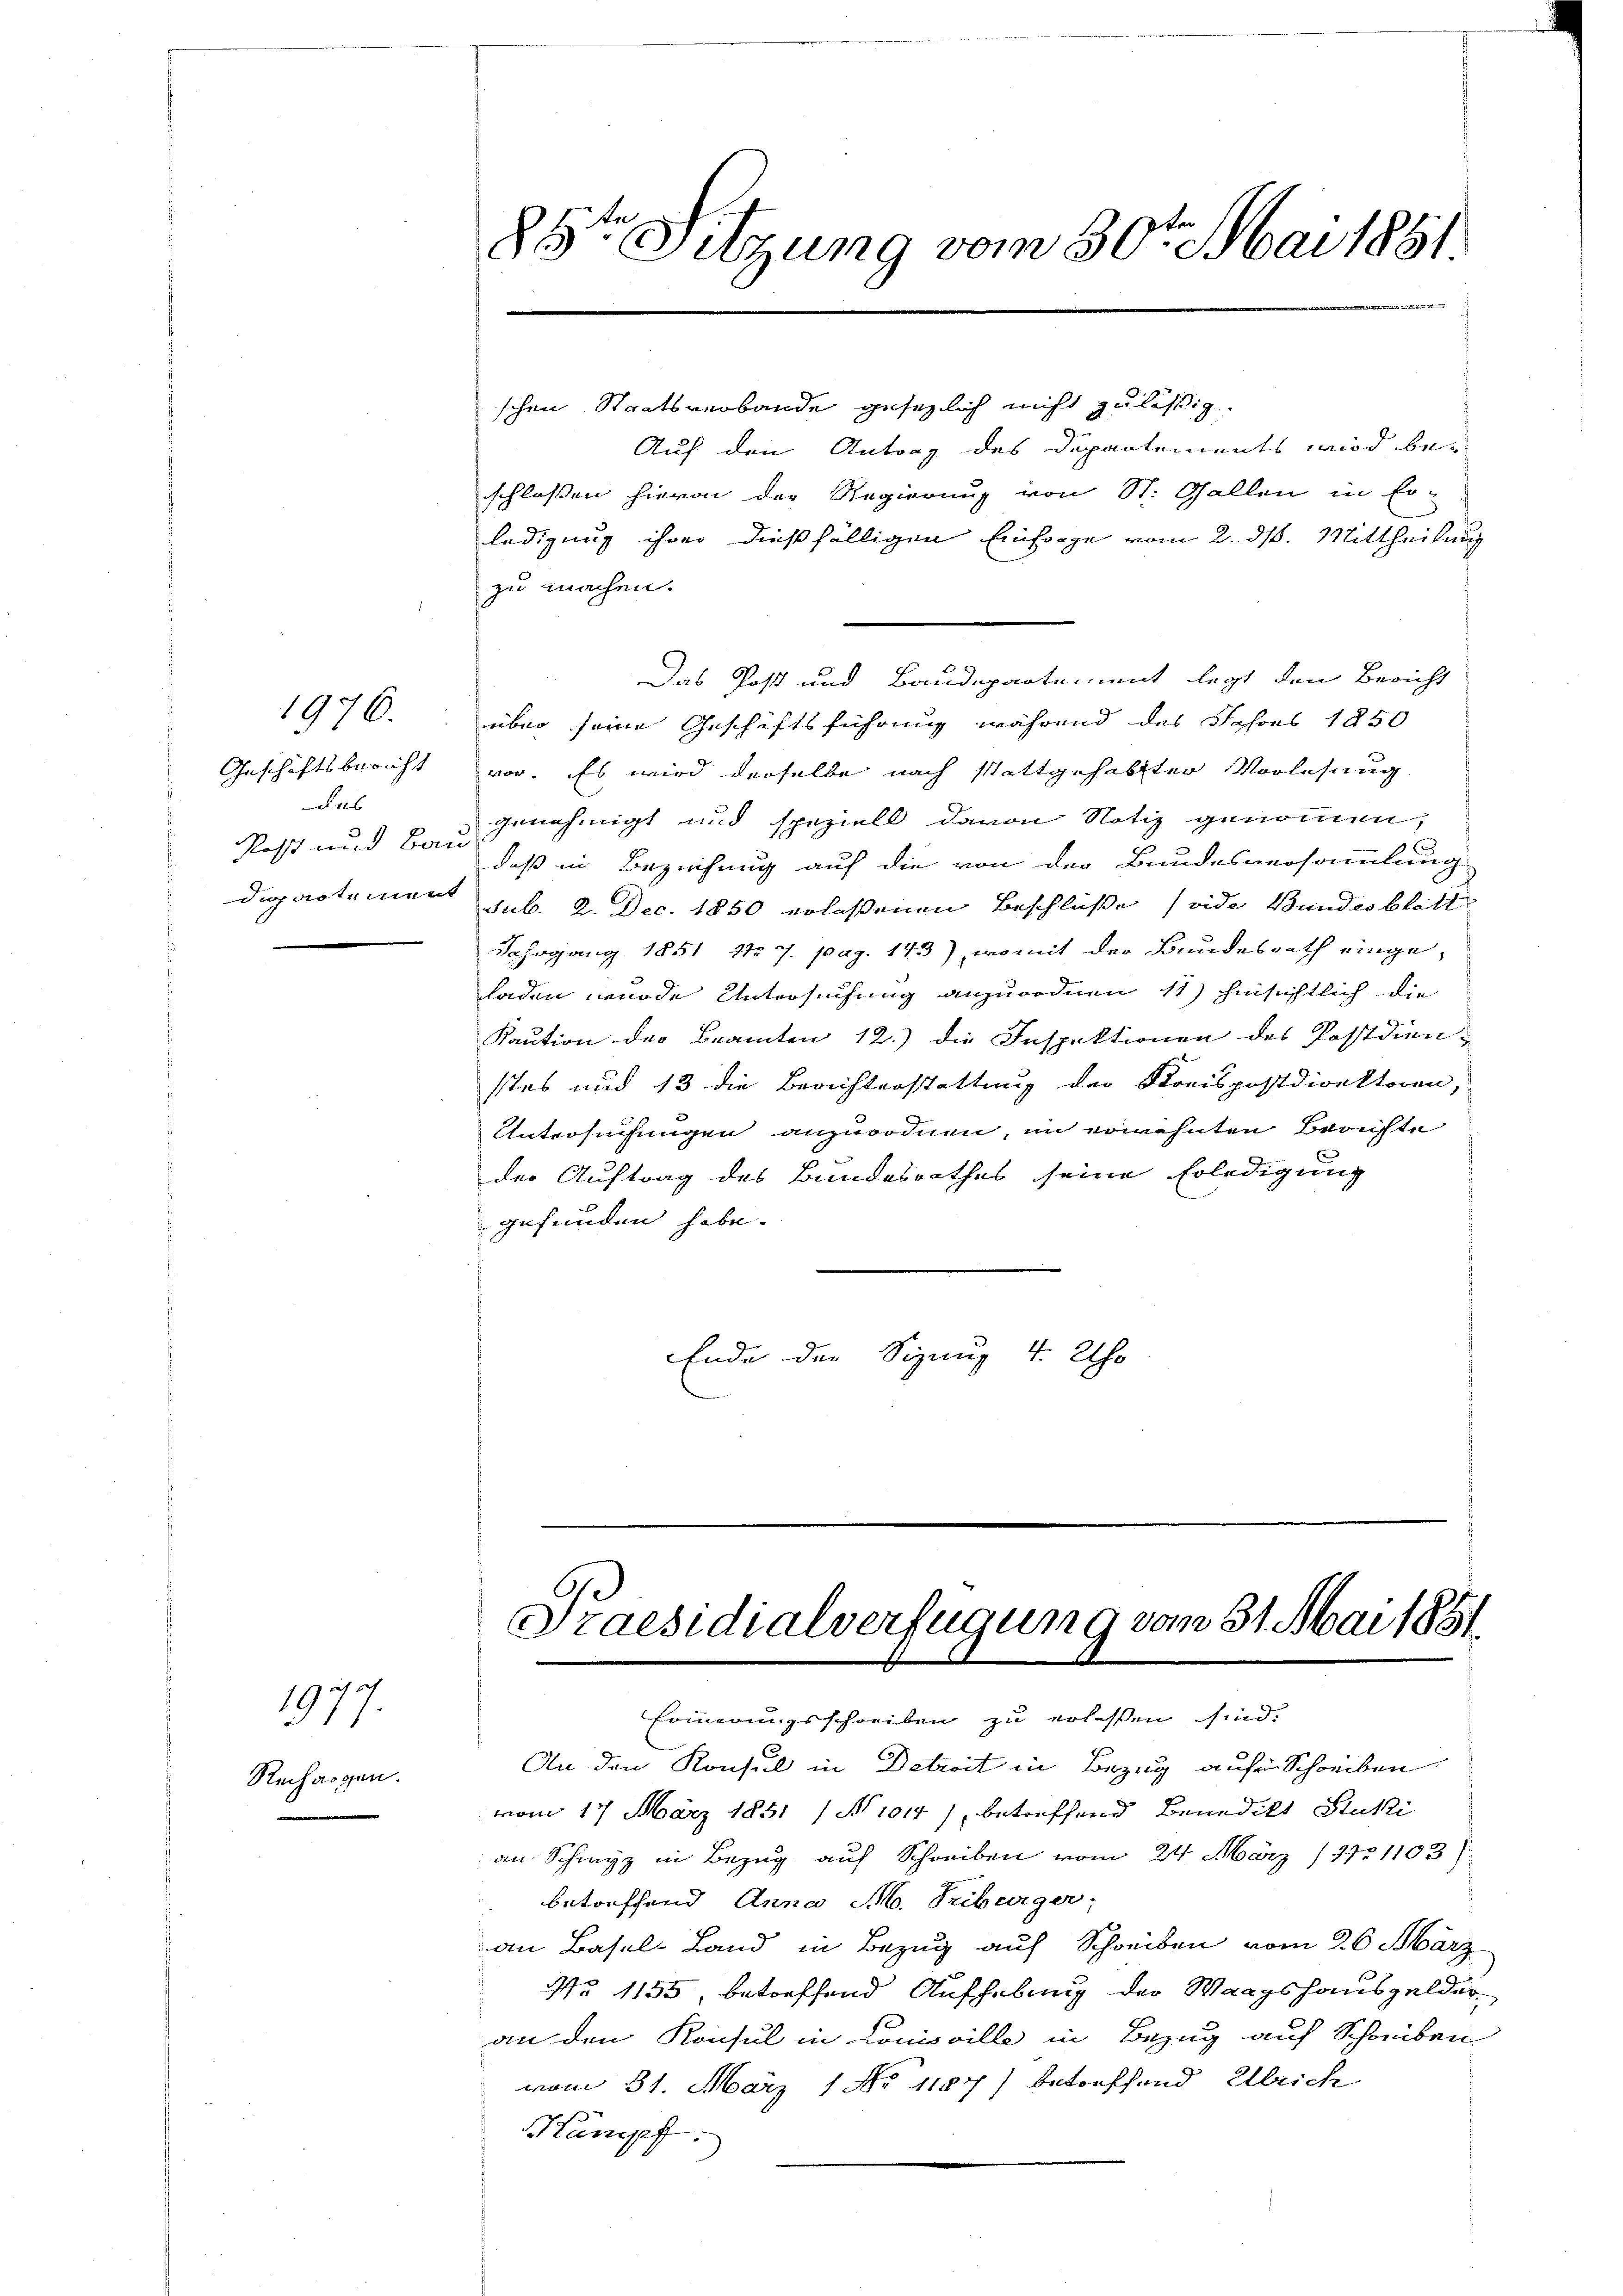
Geschäftsbericht
das
Post und Bau
dipartement

1976.

Rechargen.

iich ich
911

schen Staatsverbande gesezlich nicht zulässig
Auf den Antrag des Departements wird be-
schlossen hievon der Regierung von St. Gallen in Er-
ledigung ihrer dießfälligen Einforge vom 2. ds. Mittheilung
zu machen.
Das Post und Baudepartement legt den Bericht
über seine Geschäftsführung während des Jahres 1850
vor. Es wird derselbe nach stattgehabter Vorlesung
genehmigt und speziell davon Notiz genommen,
daß in Bezeichung auf die von der Bundesversammlung
sub. 2. Dec. 1850 erlassenen Beschlüße (vide Bundesblatt
Dahrgang 1851 11 7. pag. 143), womit der Bundesrath einge-
laden wurde Untersuchung anzuordnen 11) hinsichtlich die
Kaution der Beamten 12.) die Inspektionen des Postdien
stes und 13 die Berichterstattung der Kreispostdirektoren,
Untersuchungen anzuordnen, im erwähnten Berichte
der Auftrag des Bundesrathes seine Erledigung
gefunden habe.
.
Ende der Signng 4. Uhr

)
8t Sitzung vom 30ten Mai 1881.

Praesidialverfügung vom 31. Mai 1851.

Erinnerungsschreiben zu erlassen sind.
An den Konsul in Detreit in Bezug aufen Schreiben
vom 17. März 1851 (N 1014), betreffend Benedikt Stuki
an Schwyz in Bezug auf Schreiben vom 24. März /27. 1103)
 betreffend Anna M. Triburger,
an Basel Land in Bezug auf Schreiben vom 26. März
No 1155, betreffend Aufhebung der Waagshausgelderan den Konsul in Conscille in Bezug auf Schreiben
vom 31. März 1 No 1187) betreffend Ullrich
Kumpf.